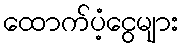
ထောက်ပံ့ငွေများ